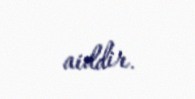
aiddir.